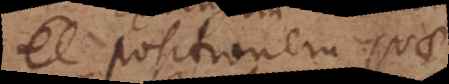
positionem quae